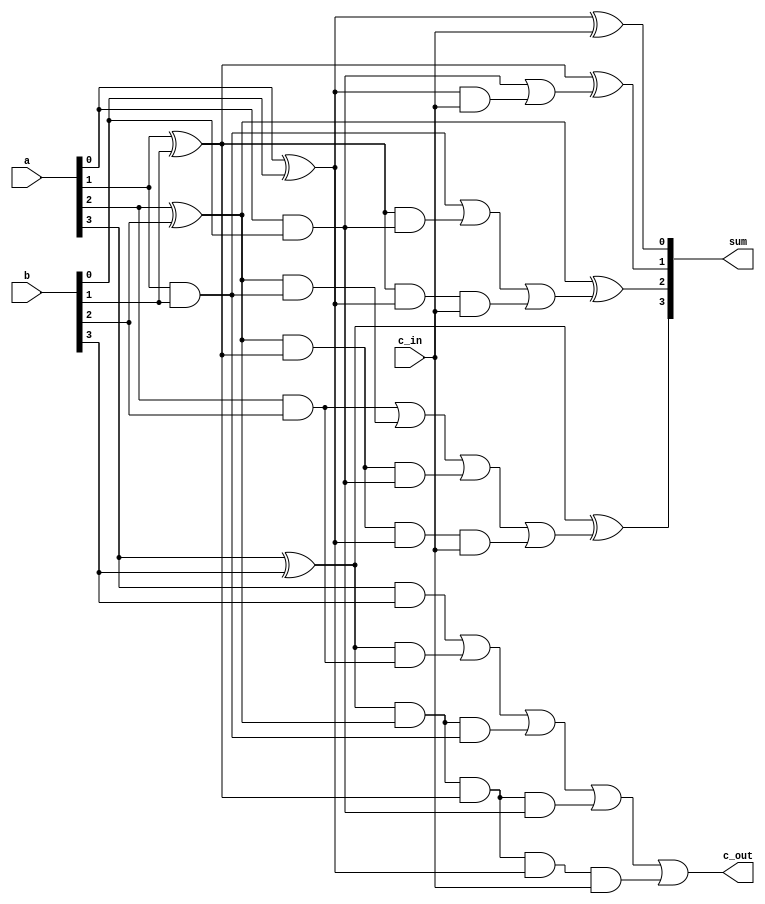
module FALAC(sum,c_out,a,b,c_in);
output [3:0] sum;
output c_out;
input [3:0] a,b;
input c_in;
wire [3:0] p,g;
wire c1,c2,c3,c4;
assign p[0] = a[0]^b[0];
assign p[1] = a[1]^b[1];
assign p[2] = a[2]^b[2];
assign p[3] = a[3]^b[3];
assign g[0] = a[0]&b[0];
assign g[1] = a[1]&b[1];
assign g[2] = a[2]&b[2];
assign g[3] = a[3]&b[3];
assign c1 = g[0]|(p[0]&c_in);
assign c2 = g[1]|(p[1]&g[0])|(p[1]&p[0]&c_in);
assign c3 = g[2]|(p[2]&g[1])|(p[2]&p[1]&g[0])|(p[2]&p[1]&p[0]&c_in);
assign c4 = g[3]|(p[3]&g[2])|(p[3]&p[2]&g[1])|(p[3]&p[2]&p[1]&g[0])|(p[3]&p[2]&p[1]&p[0]&c_in);
assign sum[0] = p[0]^c_in;
assign sum[1] = p[1]^c1;
assign sum[2] = p[2]^c2;
assign sum[3] = p[3]^c3;
assign c_out = c4;
endmodule